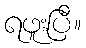
ရဖူးပြီ။